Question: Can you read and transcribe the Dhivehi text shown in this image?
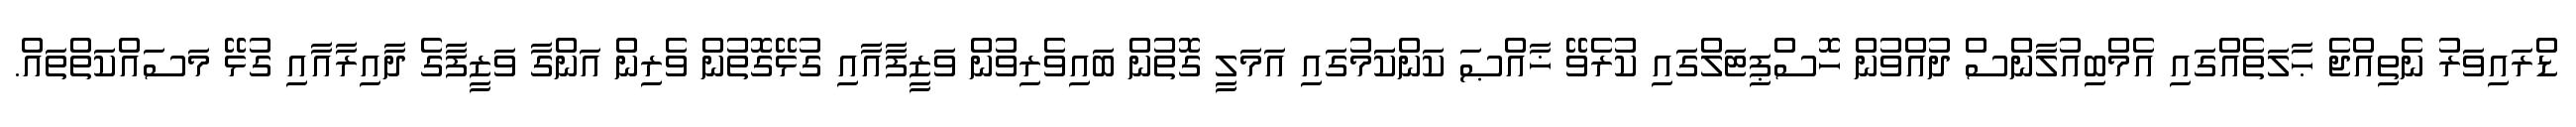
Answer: ޑްރައިވަރު ނެތިއްޖެ ޙާލަތެއްގައި އެމްބިއުލާންސް ދުއްވުން ހޮސްޕިޓަލްގައި ކުރެވޭ ޚާއްޞަ ކަންކަަމުގައި އަމަލީ ގޮތުން ބައިވެރިވުން ވަޒީފާއާއި ގުޅޭގޮތުން ވެރިން އަންގާ ވަޒީފާގެ ދާއިރާއާއި ގުޅޭ މަސައްކަތްތައް.